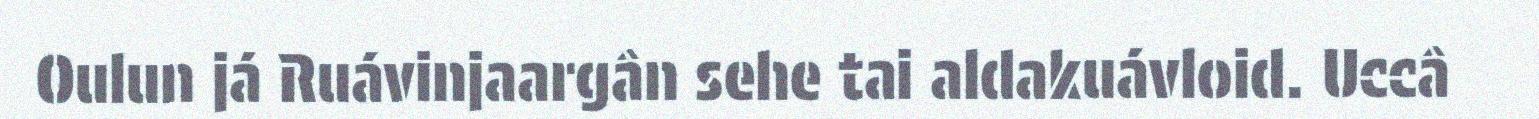
Oulun já Ruávinjaargân sehe tai aldakuávloid. Uccâ